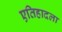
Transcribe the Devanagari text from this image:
एतिहादला